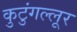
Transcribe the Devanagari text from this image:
कुटुंगल्लूर